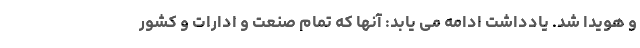
و هویدا شد. یادداشت ادامه می یابد: آنها که تمام صنعت و ادارات و کشور